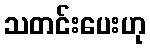
သတင်းပေးဟု